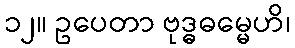
၁၂။ ဥပေတာ ဗုဒ္ဓဓမ္မေဟိ၊